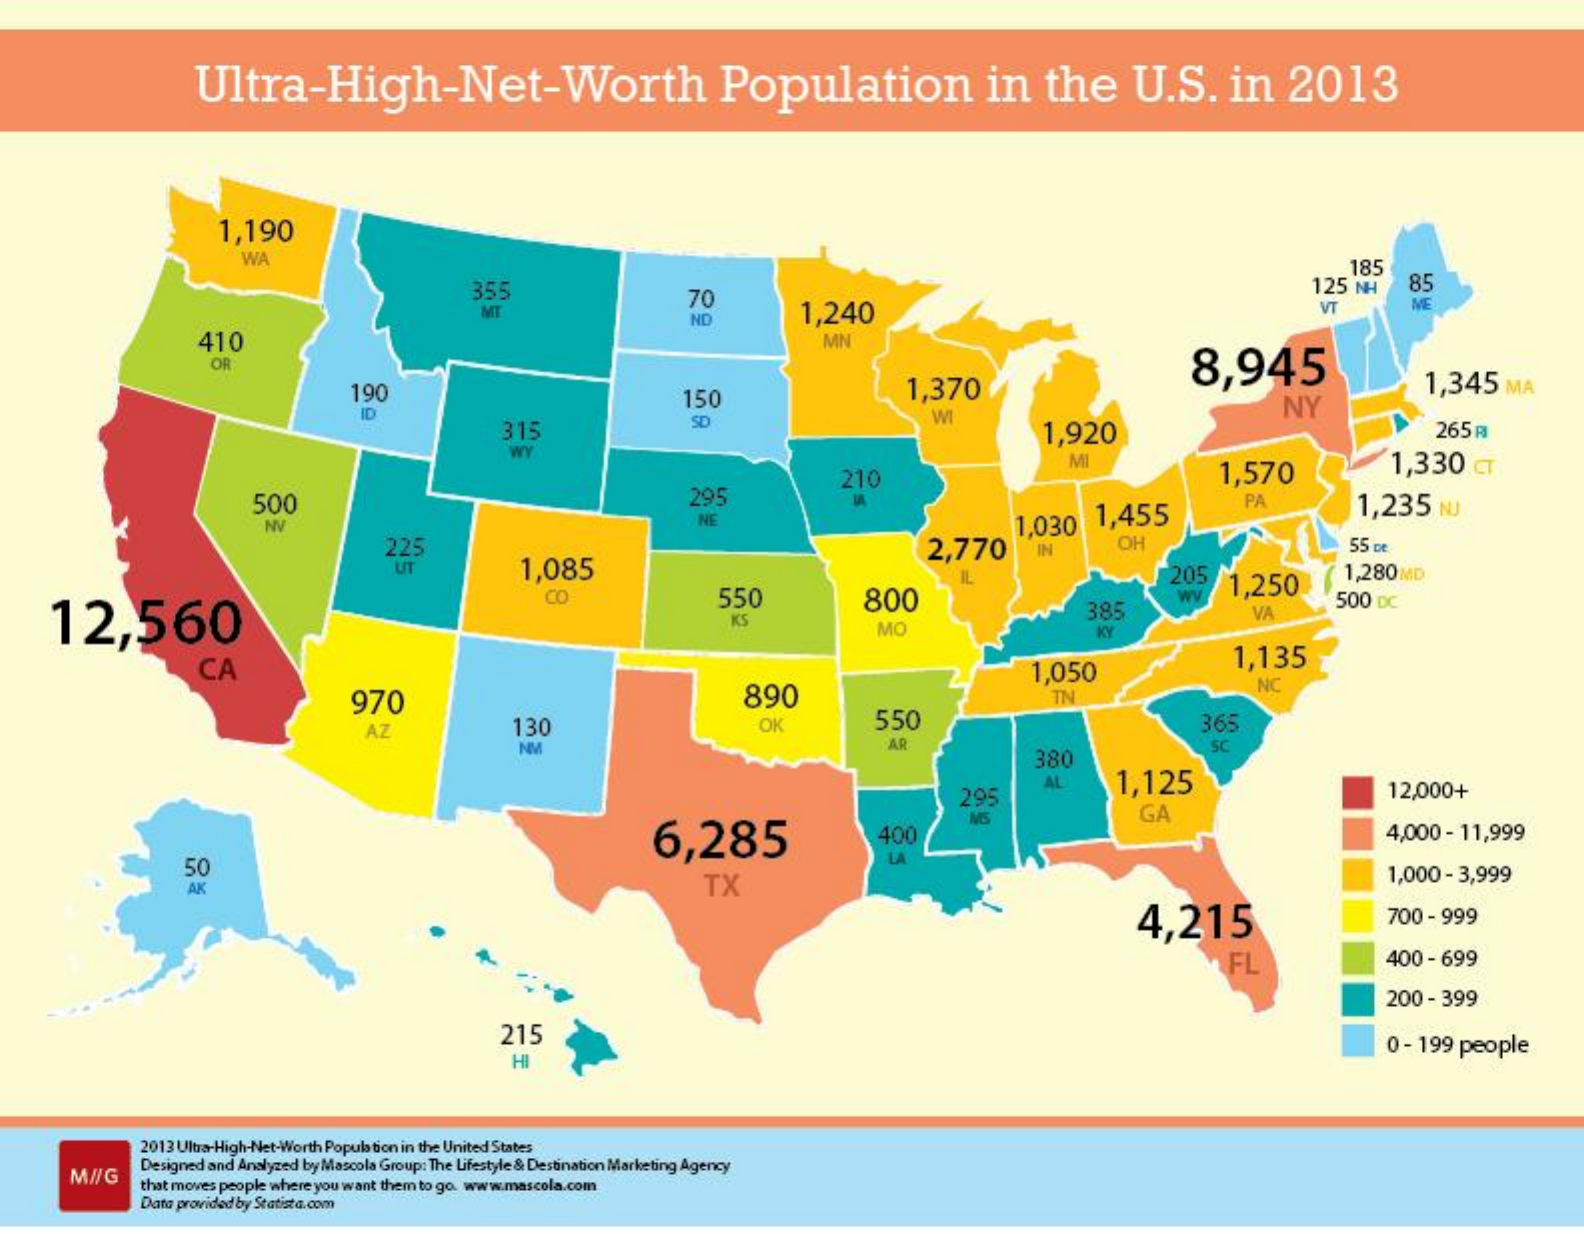
Ultra-High-Net-Worth    Population    in    the    U.S.    in    2013
     1,190
     WA    185
     355    70    125  NH    85
     MT
     ND    1,240    VT    ME
     410    MN
     OR    8,945
     190    150    1,370
     NY
     1,345    MA
     315    SD    WI
     1,920    265  R
     WY
     210
     MI
     1,570    1,330    € ™
     500    295    PA    1,235    NJ
     NV    NE
     225    2,770
     1,030    1,455
     IN    OH    55 ce
     UT    1,085    IL    205    1,280 MD
     12,560
     CO    550    800
     385
     WV
     1,250
     500  DC
     KS
     MO
     VA
     KY
     CA    1,135
     890
     1,050
     970    TN
     INC
     AZ    130    OK    550    365
     NM    AR
     380
     SC
     295
     AL    1,125    12,000+
     6,285    400
     GA
     4,000  - 11,999
     50
     LA
     AK    TX    1,000 - 3,999
     4,215    700 - 999
     FL    400  - 699
     200 - 399
     215    0 - 199 people
     HI
     2013 Ultra-High-Net-Worth Population in the United States
     M//G    Designed and Analyzed by Mascola Group: The Lifestyle & Destination Marketing Agency
     that moves people where you want them to go. www.mascola.com
     Data provided by Statista.com